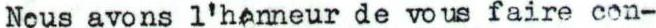
Nous avons l'honneur de vous faire con-